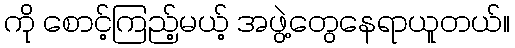
ကို စောင့်ကြည့်မယ့် အဖွဲ့တွေနေရာယူတယ်။